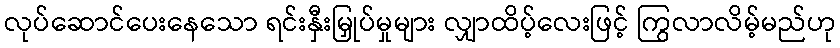
လုပ်ဆောင်ပေးနေသော ရင်းနှီးမြှုပ်မှုများ လျှာထိပ့်လေးဖြင့် ကြွလာလိမ့်မည်ဟု